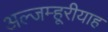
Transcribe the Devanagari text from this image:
अल्जम्हूरीयाह